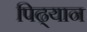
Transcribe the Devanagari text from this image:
पिढ्यान